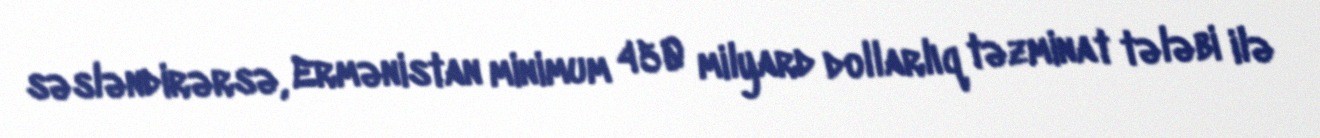
səsləndirərsə, Ermənistan minimum 450 milyard dollarlıq təzminat tələbi ilə